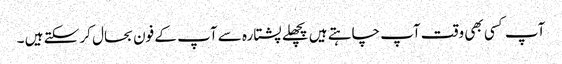
آپ کسی بھی وقت آپ چاہتے ہیں پچھلے پشتارہ سے آپ کے فون بحال کر سکتے ہیں ۔